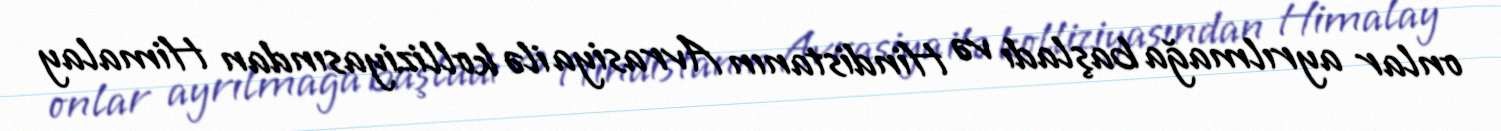
onlar ayrılmağa başladı və Hindistanın Avrasiya ilə kolliziyasından Himalay